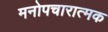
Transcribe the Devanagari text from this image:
मनोपचारात्मक